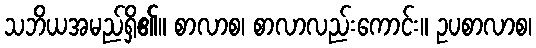
သဘိယအမည်ရှိ၏။ စာလာစ၊ စာလာလည်းကောင်း။ ဥပစာလာစ၊